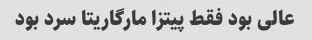
عالی بود فقط پیتزا مارگاریتا سرد بود